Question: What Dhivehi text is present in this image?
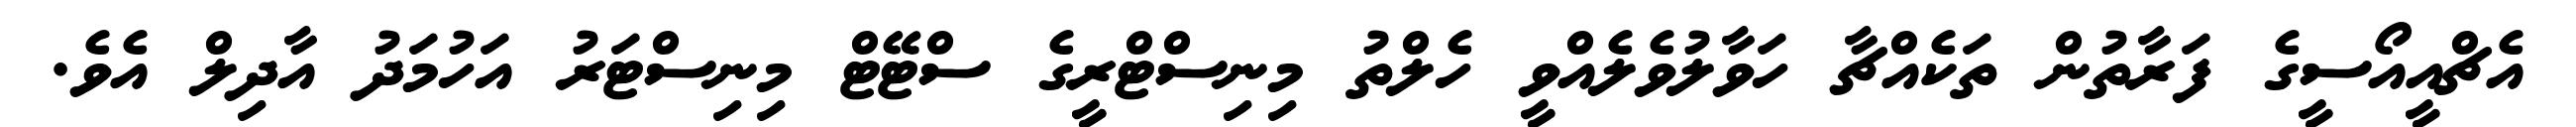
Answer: އެޗްއީއޯސީގެ ފަރާތުން ތަކެއްޗާ ހަވާލުވެލެއްވީ ހެލްތު މިނިސްޓްރީގެ ސްޓޭޓް މިނިސްޓަރު އަހުމަދު އާދިލް އެވެ.